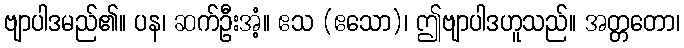
ဗျာပါဒမည်၏။ ပန၊ ဆက်ဦးအံ့။ ဧသ (ဧသော)၊ ဤဗျာပါဒဟူသည်။ အတ္တတော၊